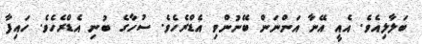
ބަލާލިއެވެ. އެއީ އޭނާ އަންނަން ބޭނުންވި އެޑްރެހެވެ. ސުހާގެ ބުނި އެޑްރެހެވެ. ހައިފާ